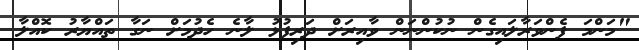
"މަންމަ ފެންވަރާލައިގެން ނުކުންނަން ވާއިރަށް ދަރިފުޅު ލާނެ ހެދުމަށް ނަގާ ތައްޔާރު ކޮއްލާ